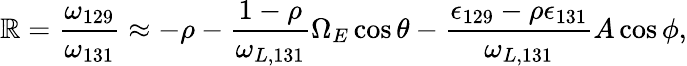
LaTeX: \mathbb{R}=\frac{{\omega_{129}}}{{\omega_{131}}}\approx-\rho-\frac{{1-\rho}}{{\omega_{L,131}}}\Omega_{E}\cos\theta-\frac{{\epsilon_{129}-\rho\epsilon_{131}}}{{\omega_{L,131}}}A\cos\phi,